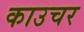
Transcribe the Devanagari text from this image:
काउचर